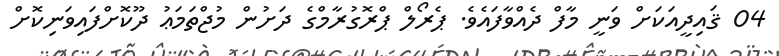
04 ޤައިދީއަކަށް ވަނީ މާފް ދެއްވާފައެވެ. ޕެރޯލް ޕްރޮގުރާމްގެ ދަށުން މުޖްތަމަޢު ދޫކޮށްފައިވަނިކޮށް